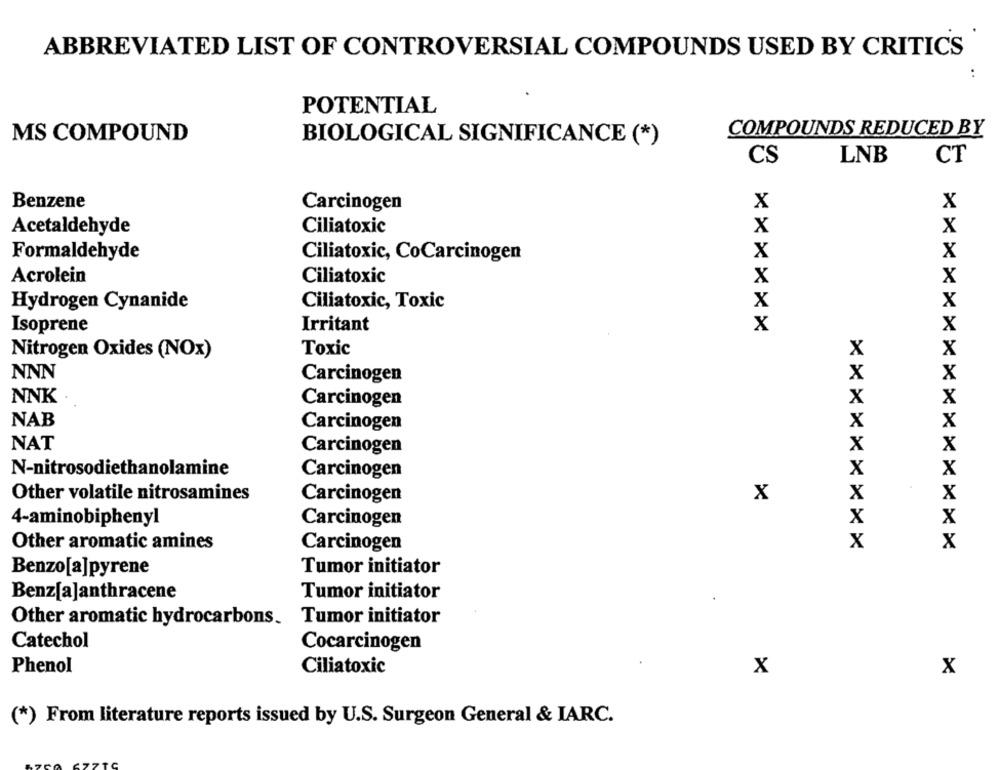
ABBREVIATED LIST OF CONTROVERSIAL COMPOUNDS USED BY CRITICS
POTENTIAL
COMPOUNDS REDUCED BY
MS COMPOUND
BIOLOGICAL SIGNIFICANCE (*)
CS
LNB
CT
Benzene
Carcinogen
X
X
Acetaldehyde
Ciliatoxic
X
X
X
X
Formaldehyde
Ciliatoxic, CoCarcinogen
X
Acrolein
Ciliatoxic
X
Hydrogen Cynanide
Ciliatoxic, Toxic
X
X
Isoprene
Irritant
X
X
Nitrogen Oxides (NOx)
Toxic
X
X
NNN
Carcinogen
X
X
NNK .
X
X
Carcinogen
NAB
X
Carcinogen
X
NAT
X
Carcinogen
x
X
N-nitrosodiethanolamine
Carcinogen
X
Other volatile nitrosamines
Carcinogen
X
x
X
4-aminobiphenyl
Carcinogen
X
X
Other aromatic amines
Carcinogen
X
x
Benzo[a]pyrene
Tumor initiator
Tumor initiator
Benz[a]anthracene
Other aromatic hydrocarbons.
Tumor initiator
Catechol
Cocarcinogen
Phenol
Ciliatoxic
X
X
(*) From literature reports issued by U.S. Surgeon General & IARC.